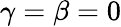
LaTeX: \gamma=\beta=0